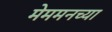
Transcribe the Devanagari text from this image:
मेममनच्या